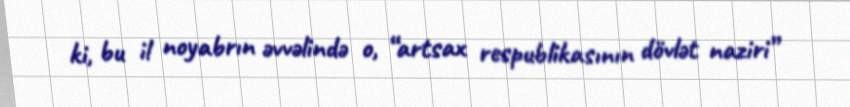
ki, bu il noyabrın əvvəlində o, “artsax respublikasının dövlət naziri”